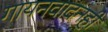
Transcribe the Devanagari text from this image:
गायनवादनही